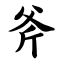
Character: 斧